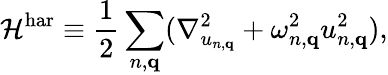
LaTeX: {\cal H}^{\textrm{har}}\equiv\frac{1}{2}\sum_{n,{\mathbf q}}(\nabla_{u_{n,{\mathbf q}}}^{2}+\omega_{n,{\mathbf q}}^{2}u_{n,{\mathbf q}}^{2}),